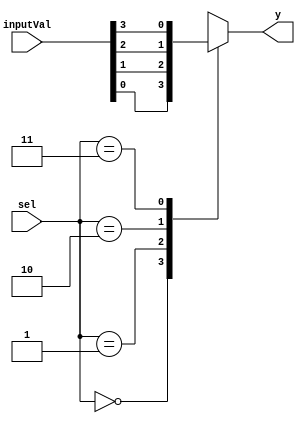
`timescale 1ns / 1ps
//////////////////////////////////////////////////////////////////////////////////
// Company: University of Kentucky
// 
// Design Name: 
// Module Name:    mux_4x1_behav 
// Project Name: 
// Target Devices: 
// Tool versions: 
// Description: 
//
// Dependencies: 
//
// Revision: 
// Revision 0.01 - File Created
// Additional Comments: 
//
//////////////////////////////////////////////////////////////////////////////////
module mux4x1(
    input [1:0] sel,
    input [3:0] inputVal,
    output reg y
    );
	 
	 always@(sel, inputVal)
	 begin
	 
	 case(sel)
		2'b00:y=inputVal[0];
		2'b01:y=inputVal[1];
		2'b10:y=inputVal[2];
		2'b11:y=inputVal[3];
		default: y=1'bZ; //High impedance state
	 endcase
	 end
endmodule